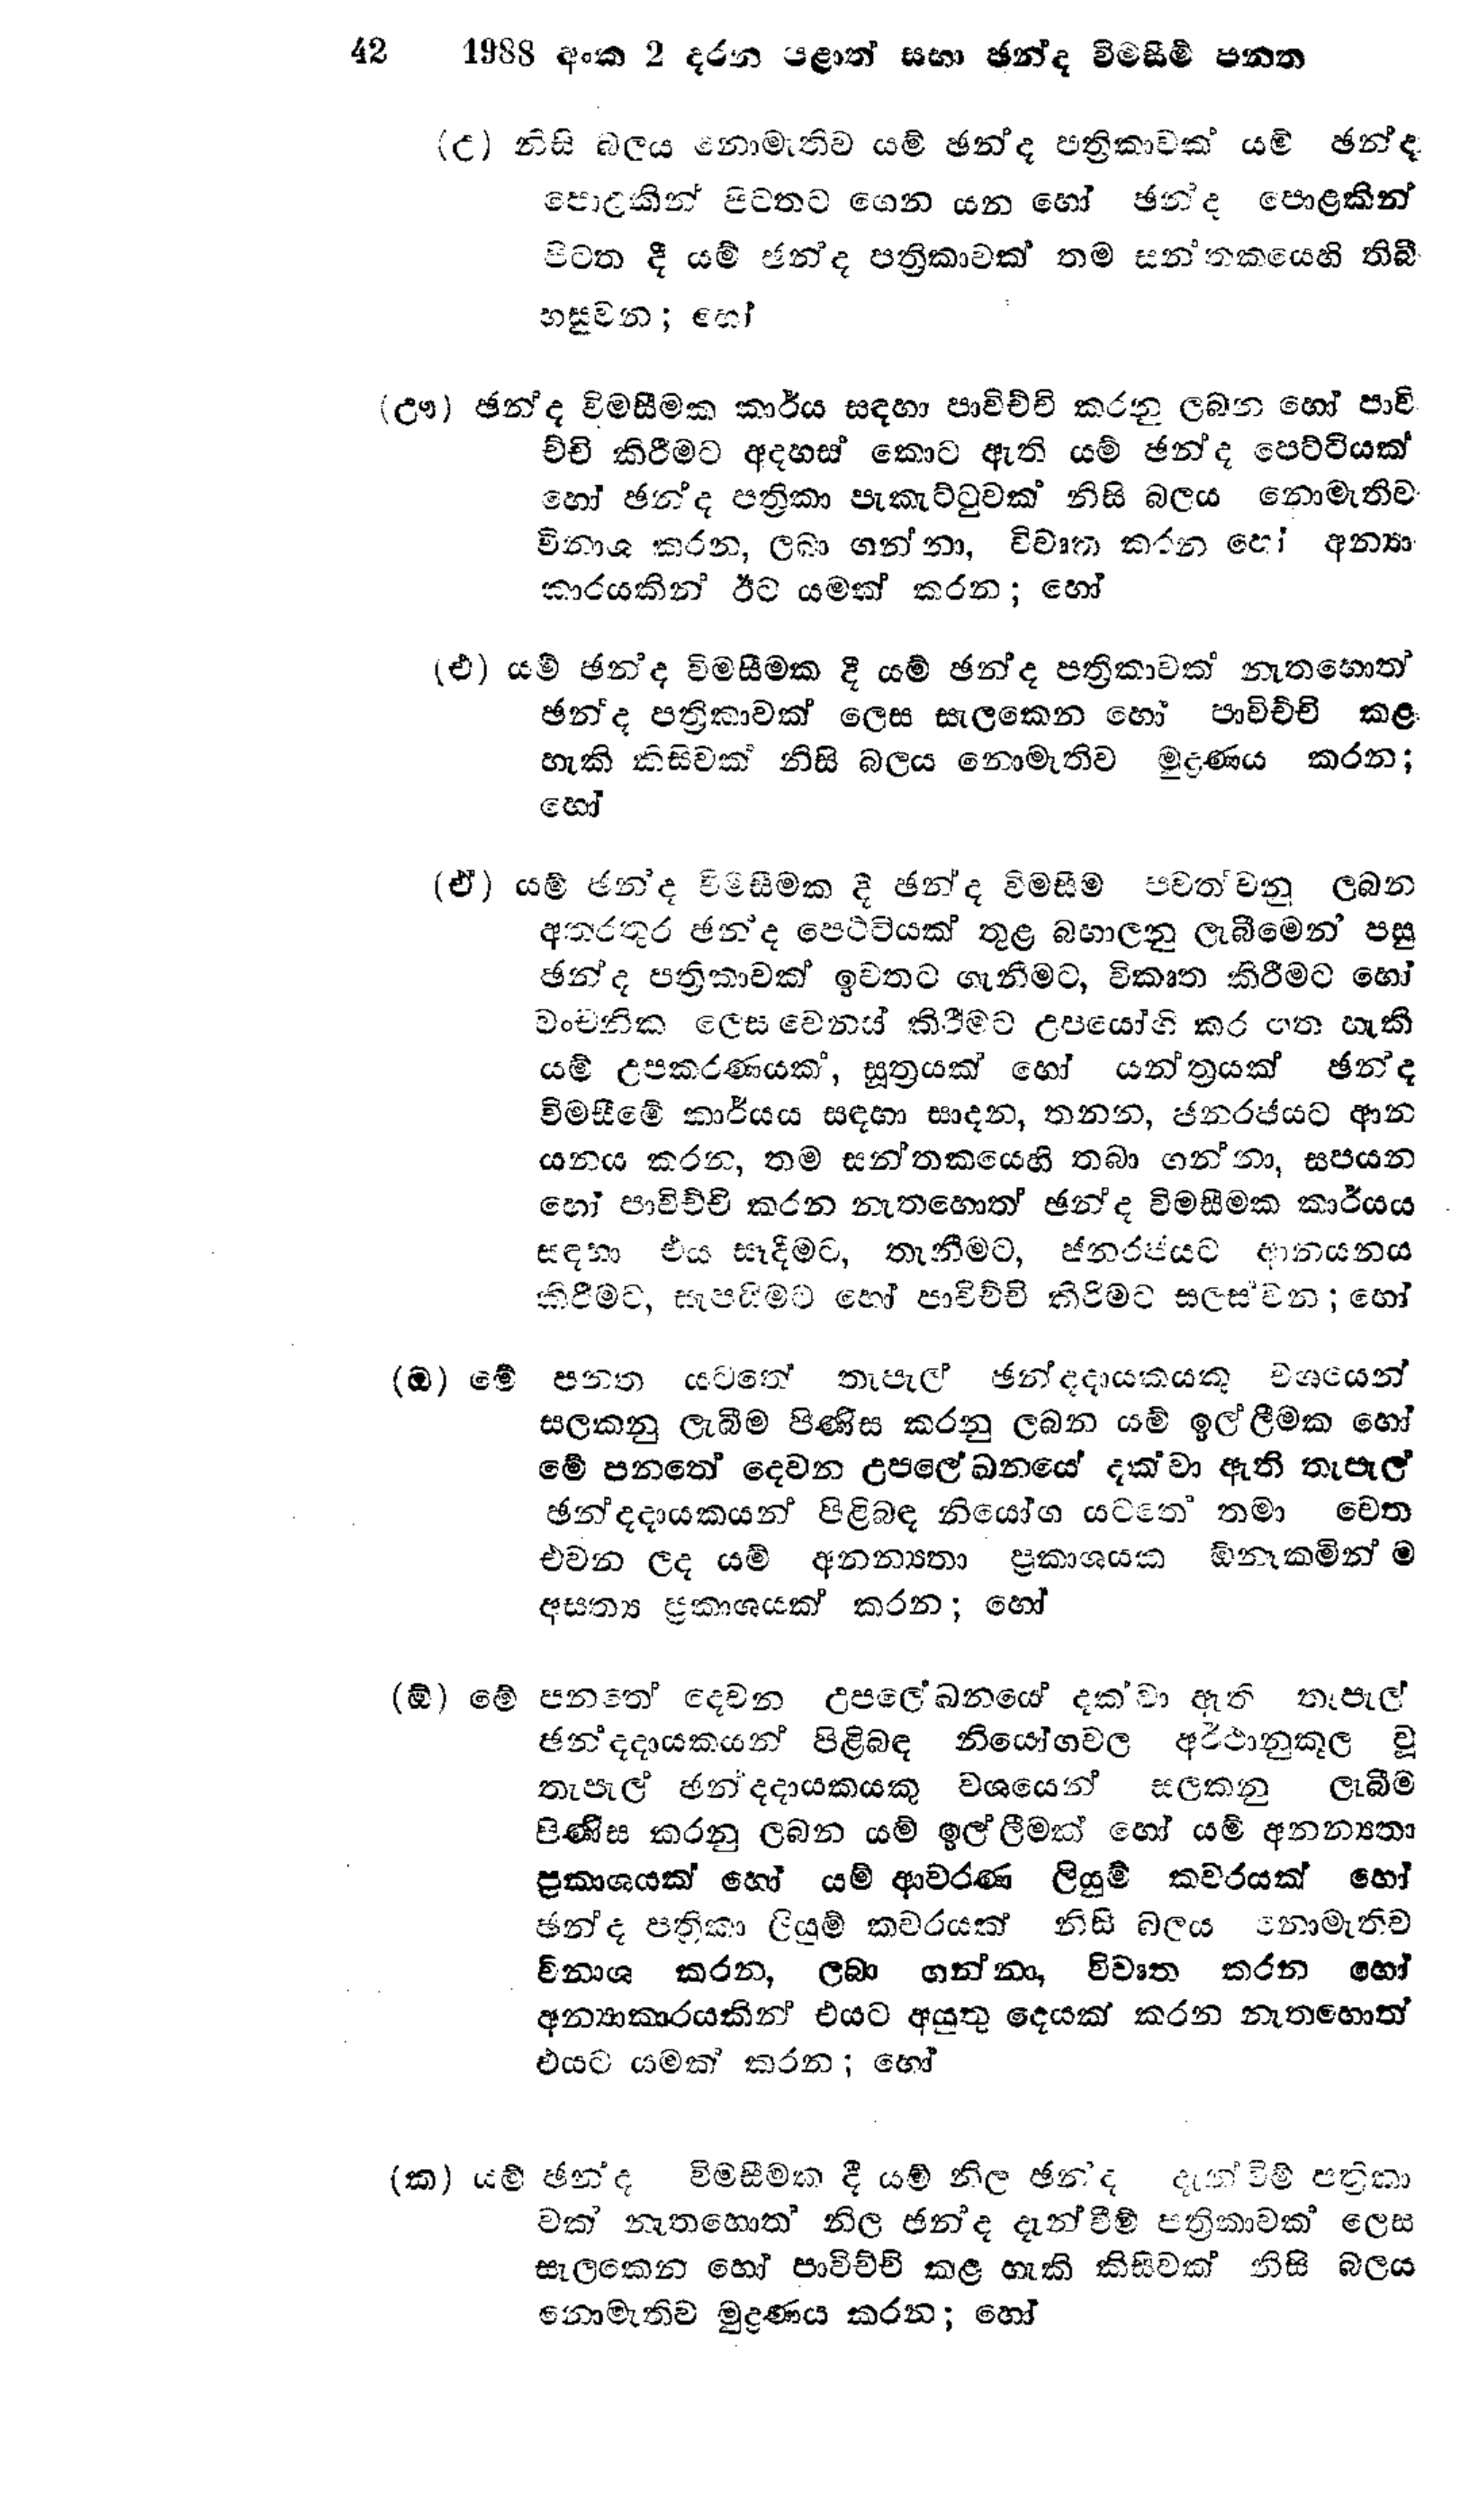
42 1988 අංක 2 දරන පළාත් සභා ඡන්ද විමසීම් පනත

(උ) නිසි බලය නොමැතිව යම් ඡන්ද පත්‍රිකාවක් යම් ඡන්ද
පොළකින් පිටතට ගෙන යන හෝ ඡන්ද පොළකින්
පිටත දී යම් ඡන්ද පත්‍රිකාවක් තම සන්තකයෙහි තිබී
හසුවන;හෝ

(ඌ) ඡන්ද විමසීමක කාර්ය සඳහා පාවිච්චි කරනු ලබන හෝ පාවි
ච්චි කිරීමට අදහස් කොට ඇති යම් ඡන්ද පෙට්ටියක්
හෝ ඡන්ද පත්‍රිකා පැකැට්ටුවක් නිසි බලය නොමැතිව
විනාශ කරන, ලබා ගන්නා, විවෘත කරන හෝ අන්‍යා
කාරයකින් ඊට යමක් කරන; හෝ

(එ) යම් ඡන්ද විමසීමක දී යම් ඡන්ද පත්‍රිකාවක් නැතහොත්
ඡන්ද පත්‍රිකාවක් ලෙස සැලකෙන හෝ පාවිච්චි කළ
හැකි කිසිවක් නිසි බලය නොමැතිව මුද්‍රණය කරන;
හෝ

(ඒ) යම් ඡන්ද විමසීමක දී ඡන්ද විමසීම පවත්වනු ලබන
අතරතුර ඡන්ද පෙට්ටියක් තුළ බහාලනු ලැබීමෙන් පසු
ඡන්ද පත්‍රිකාවක් ඉවතට ගැනීමට, විකෘත කිරීමට හෝ
වංචනික ලෙස වෙනස් කිරීමට උපයෝගී කරගත හැකි
යම් උපකරණයක්, සූත්‍රයක් හෝ යන්ත්‍රයක් ඡන්ද
විමසීමේ කාර්යය සඳහා සාදන, තනන, ජනරජයට ආන
යනය කරන, තම සන්තකයෙහි තබා ගන්නා, සපයන
හෝ පාවිච්චි කරන නැතහොත් ඡන්ද විමසීමක කාර්යය
සඳහා එය සෑදීමට, තැනීමට, ජන රජයට ආනයනය
කිරීමට, සැපයිමට හෝ පාවිච්චි කිරීමට සලසවන; හෝ

(ඔ) මේ පනත යටතේ තැපැල් ඡන්දදායකයකු වශයෙන්
සලකනු ලැබීම පිණිස කරනු ලබන යම් ඉල්ලීමක හෝ
මේ පනතේ දෙවන උපලේඛනයේ දක්වා ඇති තැපැල්
ඡන්දදායකයන් පිළිබඳ නියෝග යටතේ තමා වෙත
එවන ලද යම් අනන්‍යතා ප්‍රකාශයක ඕනෑකමින් ම
අසත්‍ය ප්‍රකාශයක් කරන; හෝ

(ඕ) මේ පනතේ දෙවන උපලේඛනයේ දක්වා ඇති තැපැල්
ඡන්දදායකයන් පිළිබඳ නියෝගවල අර්ථානුකූල වූ
තැපැල් ඡන්දදායකයකු වශයෙන් සලකනු ලැබීම
පිණිස කරනු ලබන යම් ඉල්ලීමක් හෝ යම් අනන්‍යතා
ප්‍රකාශයක් හෝ යම් ආවරණ ලියුම් කවරයක් හෝ
ඡන්ද පත්‍රිකා ලියුම් කවරයක් නිසි බලය නොමැතිව
විනාශ කරන, ලබා ගන්නා, විවෘත කරන හෝ
අන්‍යාකාරයකින් එයට අයුතු දෙයක් කරන නැතහොත්
එයට යමක් කරන; හෝ

(ක) යම් ඡන්ද විමසීමක දී යම් නිල ඡන්ද දැන්විම් පත්‍රිකා
වක් නැතහොත් නිල ඡන්ද දැන්වීම් පත්‍රිකාවක් ලෙස
සැලකෙන හෝ පාවිච්චි කළ හැකි කිසිවක් නිසි බලය
නොමැතිව මුද්‍රණය කරන; හෝ